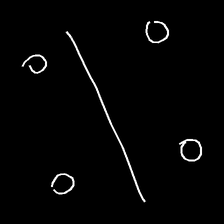
Glyph: cool